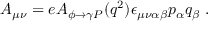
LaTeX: A _ { \mu \nu } = e A _ { \phi \to \gamma P } ( q ^ { 2 } ) \epsilon _ { \mu \nu \alpha \beta } p _ { \alpha } q _ { \beta } \ .